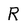
Character: R